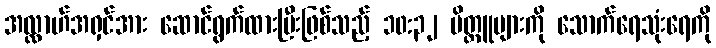
အလ္လာဟ်အရှင်အား ဆောင်ရွက်ထားပြီးဖြစ်သည့် ၁၀:၃၂ မိတ္တူများကို သောက်ရေသုံးရေကို